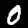
Label: 0